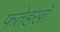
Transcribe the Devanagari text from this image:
फतेहखाँ